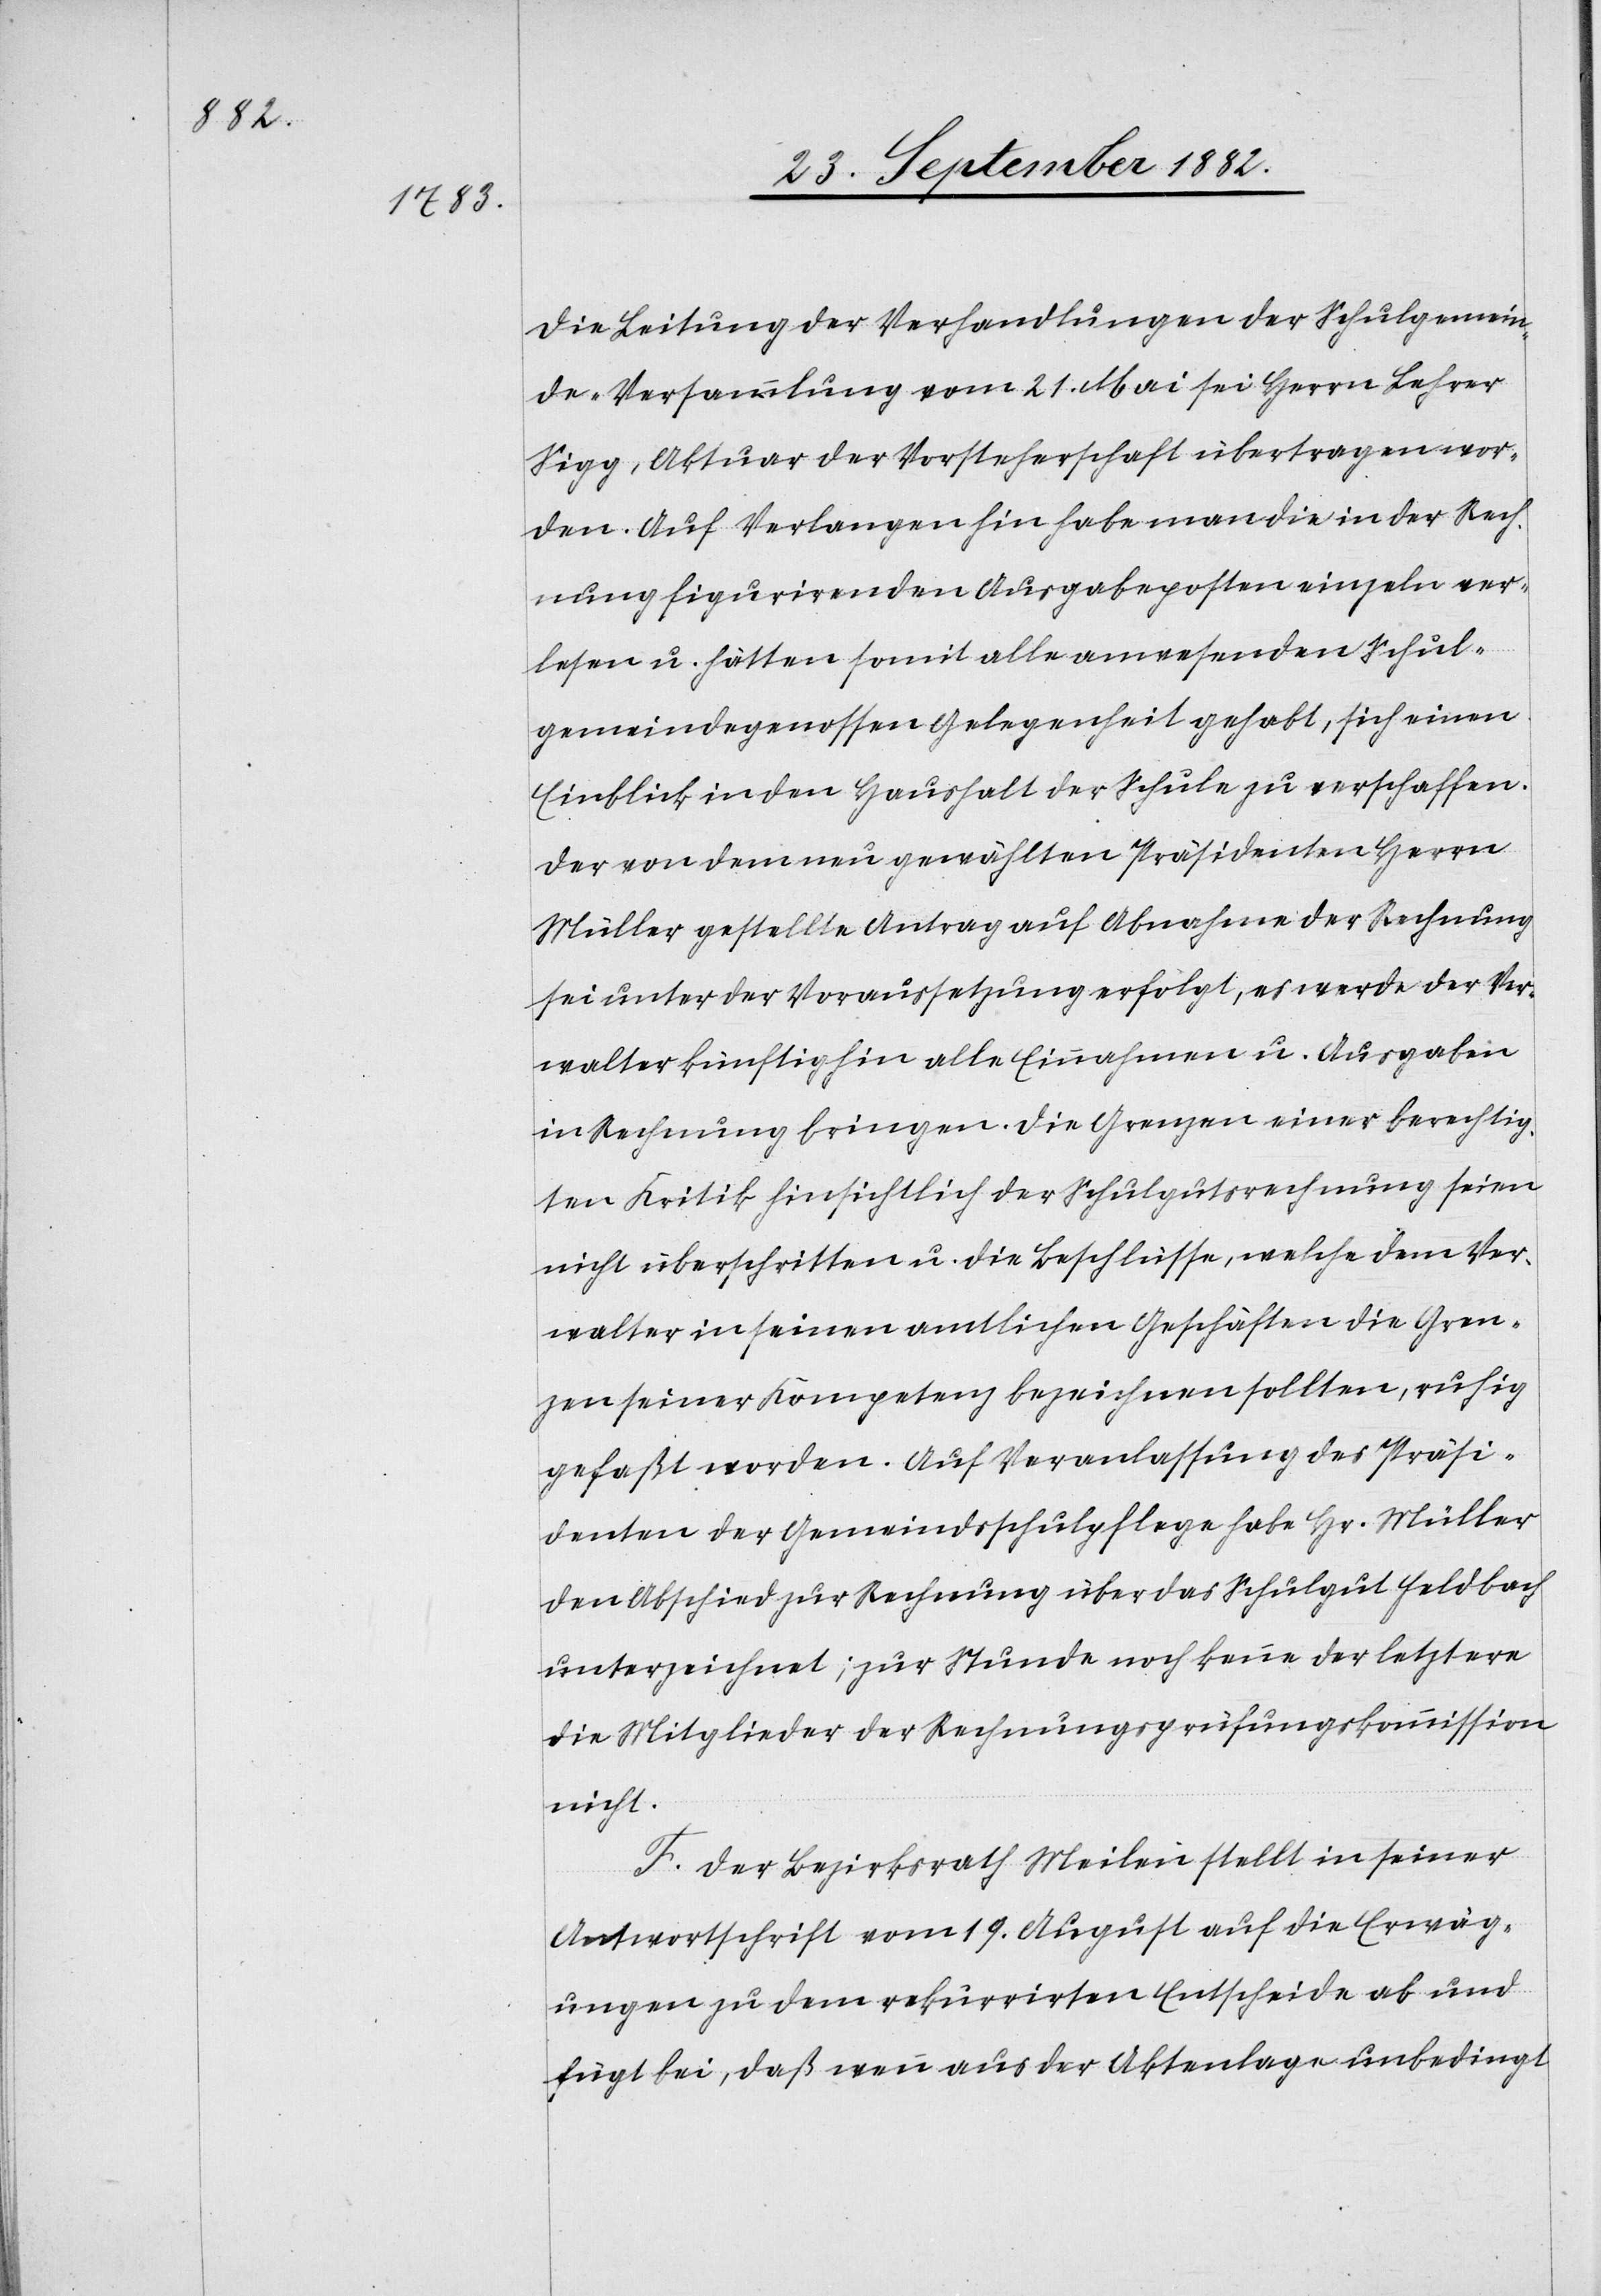
Die Leitung der Verhandlungen der Schulgemein¬
de-Versammlung vom 21. Mai sei Herrn Lehrer
Sigg, Aktuar der Vorsteherschaft übertragen wor¬
den. Auf Verlangen hin habe man die in der Rech¬
nung figurirenden Ausgabeposten einzeln ver¬
lesen u. hätten somit alle anwesenden Schul¬
gemeindegenossen Gelegenheit gehabt, sich einen
Einblick in den Haushalt der Schule zu verschaffen.
Der von dem neu gewählten Präsidenten Herrn
Müller gestellte Antrag auf Abnahme der Rechnung
sei unter der Voraussetzung erfolgt, es werde der Ver¬
walter künftighin alle Einnahmen u. Ausgaben
in Rechnung bringen. Die Grenzen einer berechtig¬
ten Kritik hinsichtlich der Schulgutsrechnung seien
nicht überschritten u. die Beschlüsse, welche dem Ver¬
walter in seinen amtlichen Geschäften die Gren¬
zen seiner Kompetenz bezeichnen sollten, ruhig
gefaßt worden. Auf Veranlassung des Präsi¬
denten der Gemeindsschulpflege habe Hr. Müller
den Abschied zur Rechnung über das Schulgut Feldbach
unterzeichnet; zur Stunde noch kenne der letztere
die Mitglieder der Rechnungsprüfungskommission
nicht.
F. Der Bezirksrath Meilen stellt in seiner
Antwortschrift vom 19. August auf die Erwäg¬
ungen zu dem rekurrirten Entscheide ab und
fügt bei, daß wenn aus der Aktenlage unbedingt